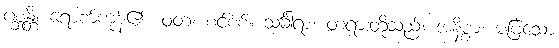
ဂစ္ဆန္တိ၊ ရောက်ကုန်၏။ ဝတ၊ စင်စစ်။ သင်္ခါရာ၊ တရားတို့သည်။ အနိစ္စာ၊ မမြဲသော